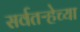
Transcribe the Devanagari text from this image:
सर्वतऱ्हेच्या